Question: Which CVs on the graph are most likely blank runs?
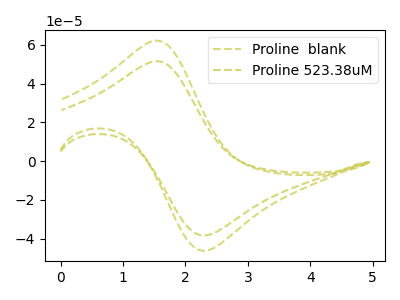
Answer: <think>The olive dashed curve "Proline  blank" has an anodic peak at (1.55V, 62.20uA) and a cathodic peak at (2.35V, -46.20uA). The olive dashed curve "Proline 523.38uM" has an anodic peak at (1.55V, 51.60uA) and a cathodic peak at (2.35V, -38.30uA).</think>
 <answer>There are not any CV's on this graph that are likely to be blanks.</answer>
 <eval>none</eval>